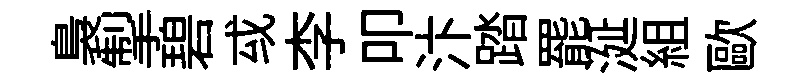
裊掣碧㦯李叩汴踏罷涎組歐